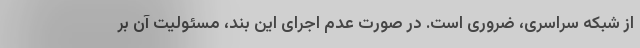
از شبکه سراسری، ضروری است. در صورت عدم اجرای این بند، مسئولیت آن بر